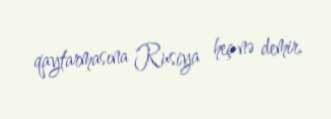
qaytarmasına Rusiya heç nə demir.